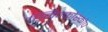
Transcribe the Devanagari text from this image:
स्निक्कोस्कोप